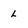
Character: l